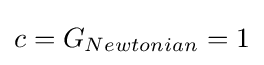
c=G_{Newtonian}=1